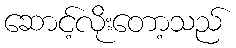
ဆောင့်လိုးတော့သည်